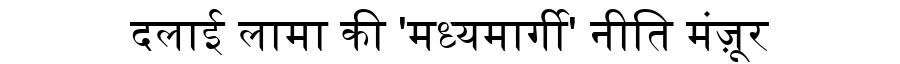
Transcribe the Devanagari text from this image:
दलाई लामा की 'मध्यमार्गी' नीति मंज़ूर